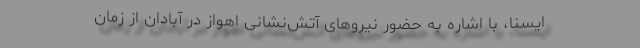
ایسنا، با اشاره به حضور نیروهای آتش‌نشانی اهواز در آبادان از زمان